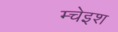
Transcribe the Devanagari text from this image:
म्चेइश